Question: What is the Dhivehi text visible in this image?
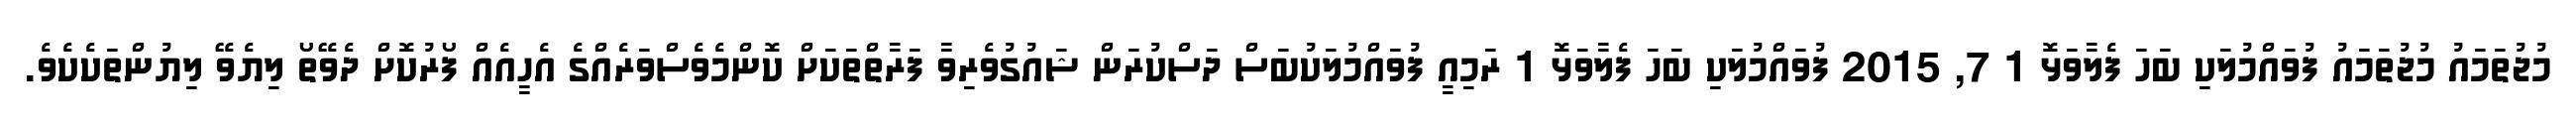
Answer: މުޖުތަމައު މުޖުތަމައު ފުވައްމުލަކި ބަހަ ފެލާވަޅޮ 1 7, 2015 ފުވައްމުލަކި ބަހަ ފެލާވަޅޮ 1 ރަމިއީ ފުވައްމުލަކުބަސް ދަސްކުރަން ޝައުގުވެރިވާ ފަރާތްތަކަށް ކޮންމެވެސްވަރެއްގެ އެހީއެއް ފޯރުކޮށް ދެވޭތޯ ލިޔެވޭ ލިޔުންތަކެކެވެ.